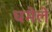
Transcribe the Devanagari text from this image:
घमेले